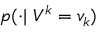
p ( \cdot \vert ~ V ^ { k } = v _ { k } )